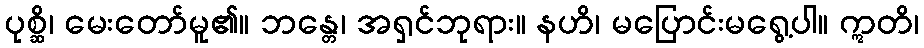
ပုစ္ဆိ၊ မေးတော်မူ၏။ ဘန္တေ၊ အရှင်ဘုရား။ နဟိ၊ မပြောင်းမရွေ့ပါ။ ဣတိ၊